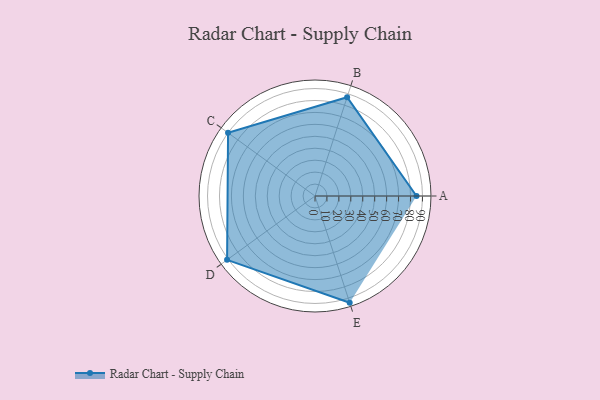
{"axis": {"x": "Skill", "y": "Score"}, "legend": ["Profile"], "data": [{"x": "A", "y": 85.0, "type": "Profile"}, {"x": "B", "y": 87.0, "type": "Profile"}, {"x": "C", "y": 90.0, "type": "Profile"}, {"x": "D", "y": 91.0, "type": "Profile"}, {"x": "E", "y": 94.0, "type": "Profile"}]}